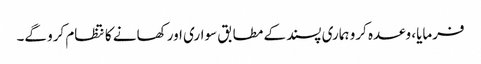
فرمایا، وعدہ کرو ہماری پسند کے مطابق سواری اور کھانے کا نتظام کرو گے۔